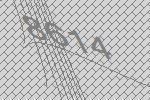
8614